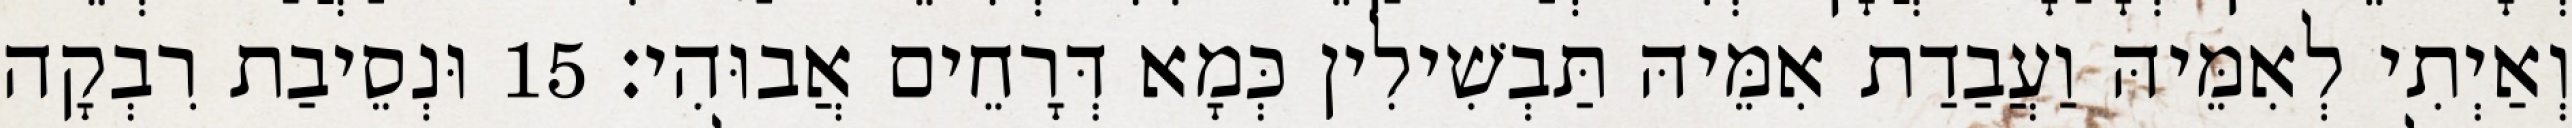
וְאַיְתִי לְאִמֵּיהּ וַעֲבַדַת אִמֵּיהּ תַּבְשִׁילִין כְּמָא דְּרָחֵים אֲבוּהִי׃ 15 וּנְסֵיבַת רִבְקָה